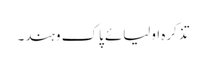
تذکرہ اولیائے پاک وہند۔